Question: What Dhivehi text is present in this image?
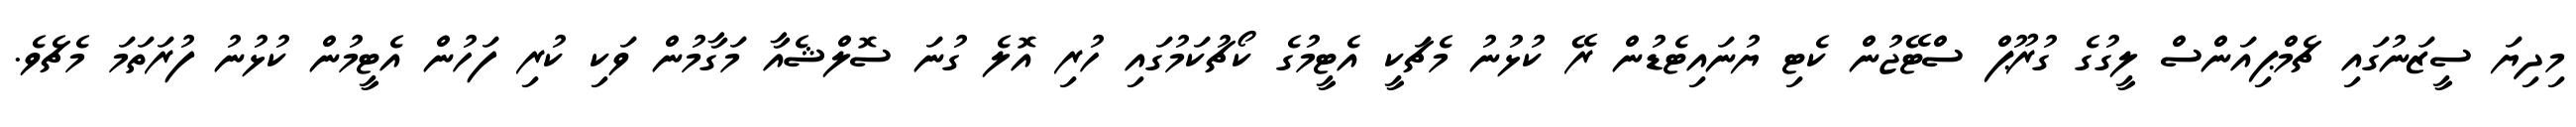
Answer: މިދިޔަ ސީޒަނުގައި ޗެމްޕިއަންސް ލީގުގެ ގުރޫޕް ސްޓޭޖުން ކެޓި ޔުނައިޓެޑުން ރޭ ކުޅުނު މެޗަކީ އެޓީމުގެ ކޯޗުކަމުގައި ހުރި އޮލެ ގުނަ ސޮލްޝެއާ މަގާމުން ވަކި ކުރި ފަހުން އެޓީމުން ކުޅުނު ފުރަތަމަ މެޗެވެ.